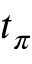
t _ { \pi }